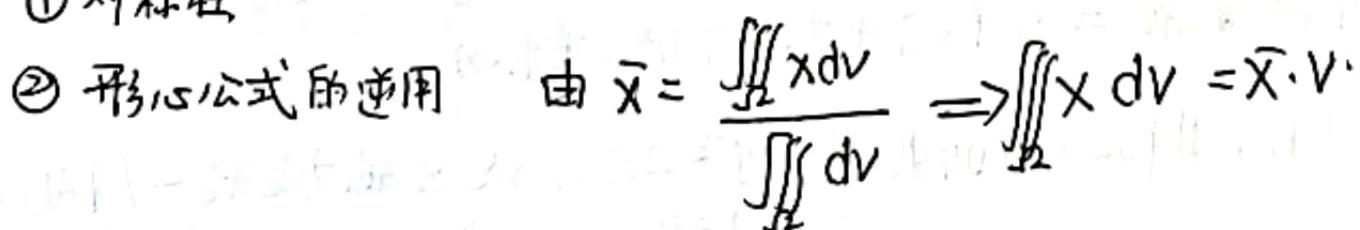
\textcircled{2} 形心公式的逆用  由 $\bar{x}=\frac{\iiint_{\Omega} x \mathrm{d}v}{\iiint_{\Omega} \mathrm{d}v} \Rightarrow \iiint_{\Omega} x \mathrm{d}v=\bar{x} \cdot V$